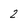
Character: 2